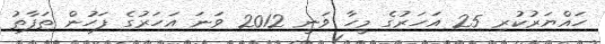
ހައްޔަރުކުރި 25 އަހަރުގެ މީހާ ވަނީ 2012 ވަނަ އަހަރުގެ ފަހުން ތަފާތު